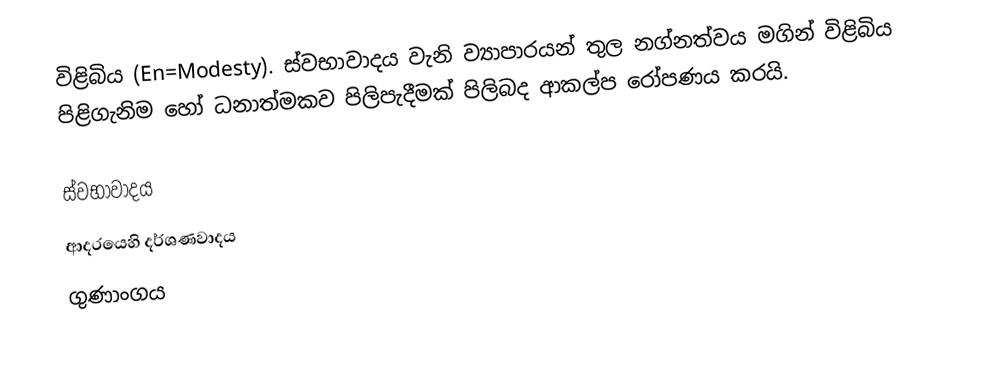
විළිබිය (En=Modesty). ස්වභාවාදය වැනි ව්‍යාපාරයන් තුල නග්නත්වය මගින් විළිබිය පිළිගැනිම හෝ ධනාත්මකව පිලිපැදීමක් පිලිබද ආකල්ප රෝපණය කරයි.

ස්වභාවාදය
ආදරයෙහි දර්ශණවාදය
ගුණාංගය